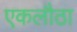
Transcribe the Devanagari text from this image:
एकलौठा